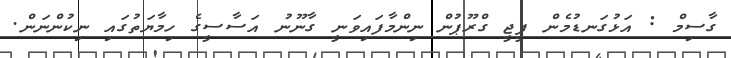
ގާސިމް : އަޅުގަނޑުމެން ޕީޖީ ގްރޫޕުން ނިންމާފައިވަނީ ގާނޫނު އަސާސީގެ ހިމާޔަތުގައި ނިކުންނަން.